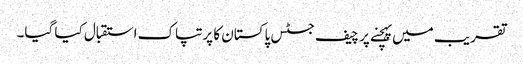
تقریب میں پہچنے پر چیف جسٹس پاکستان کا پرتپاک استقبال کیا گیا۔